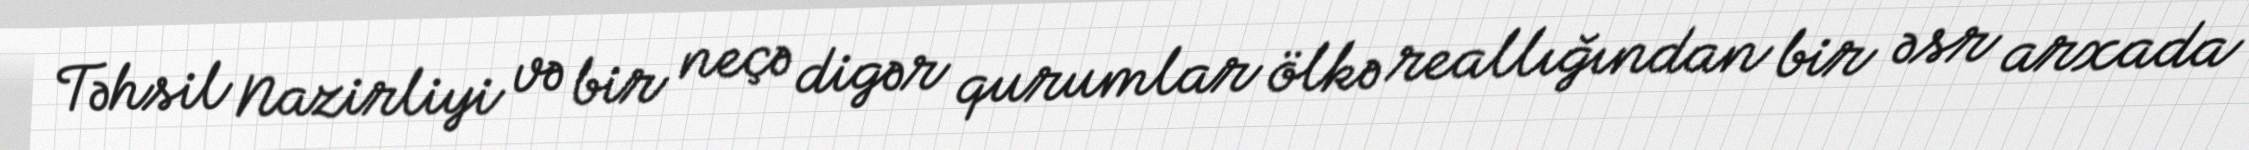
Təhsil Nazirliyi və bir neçə digər qurumlar ölkə reallığından bir əsr arxada